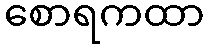
စောရကထာ